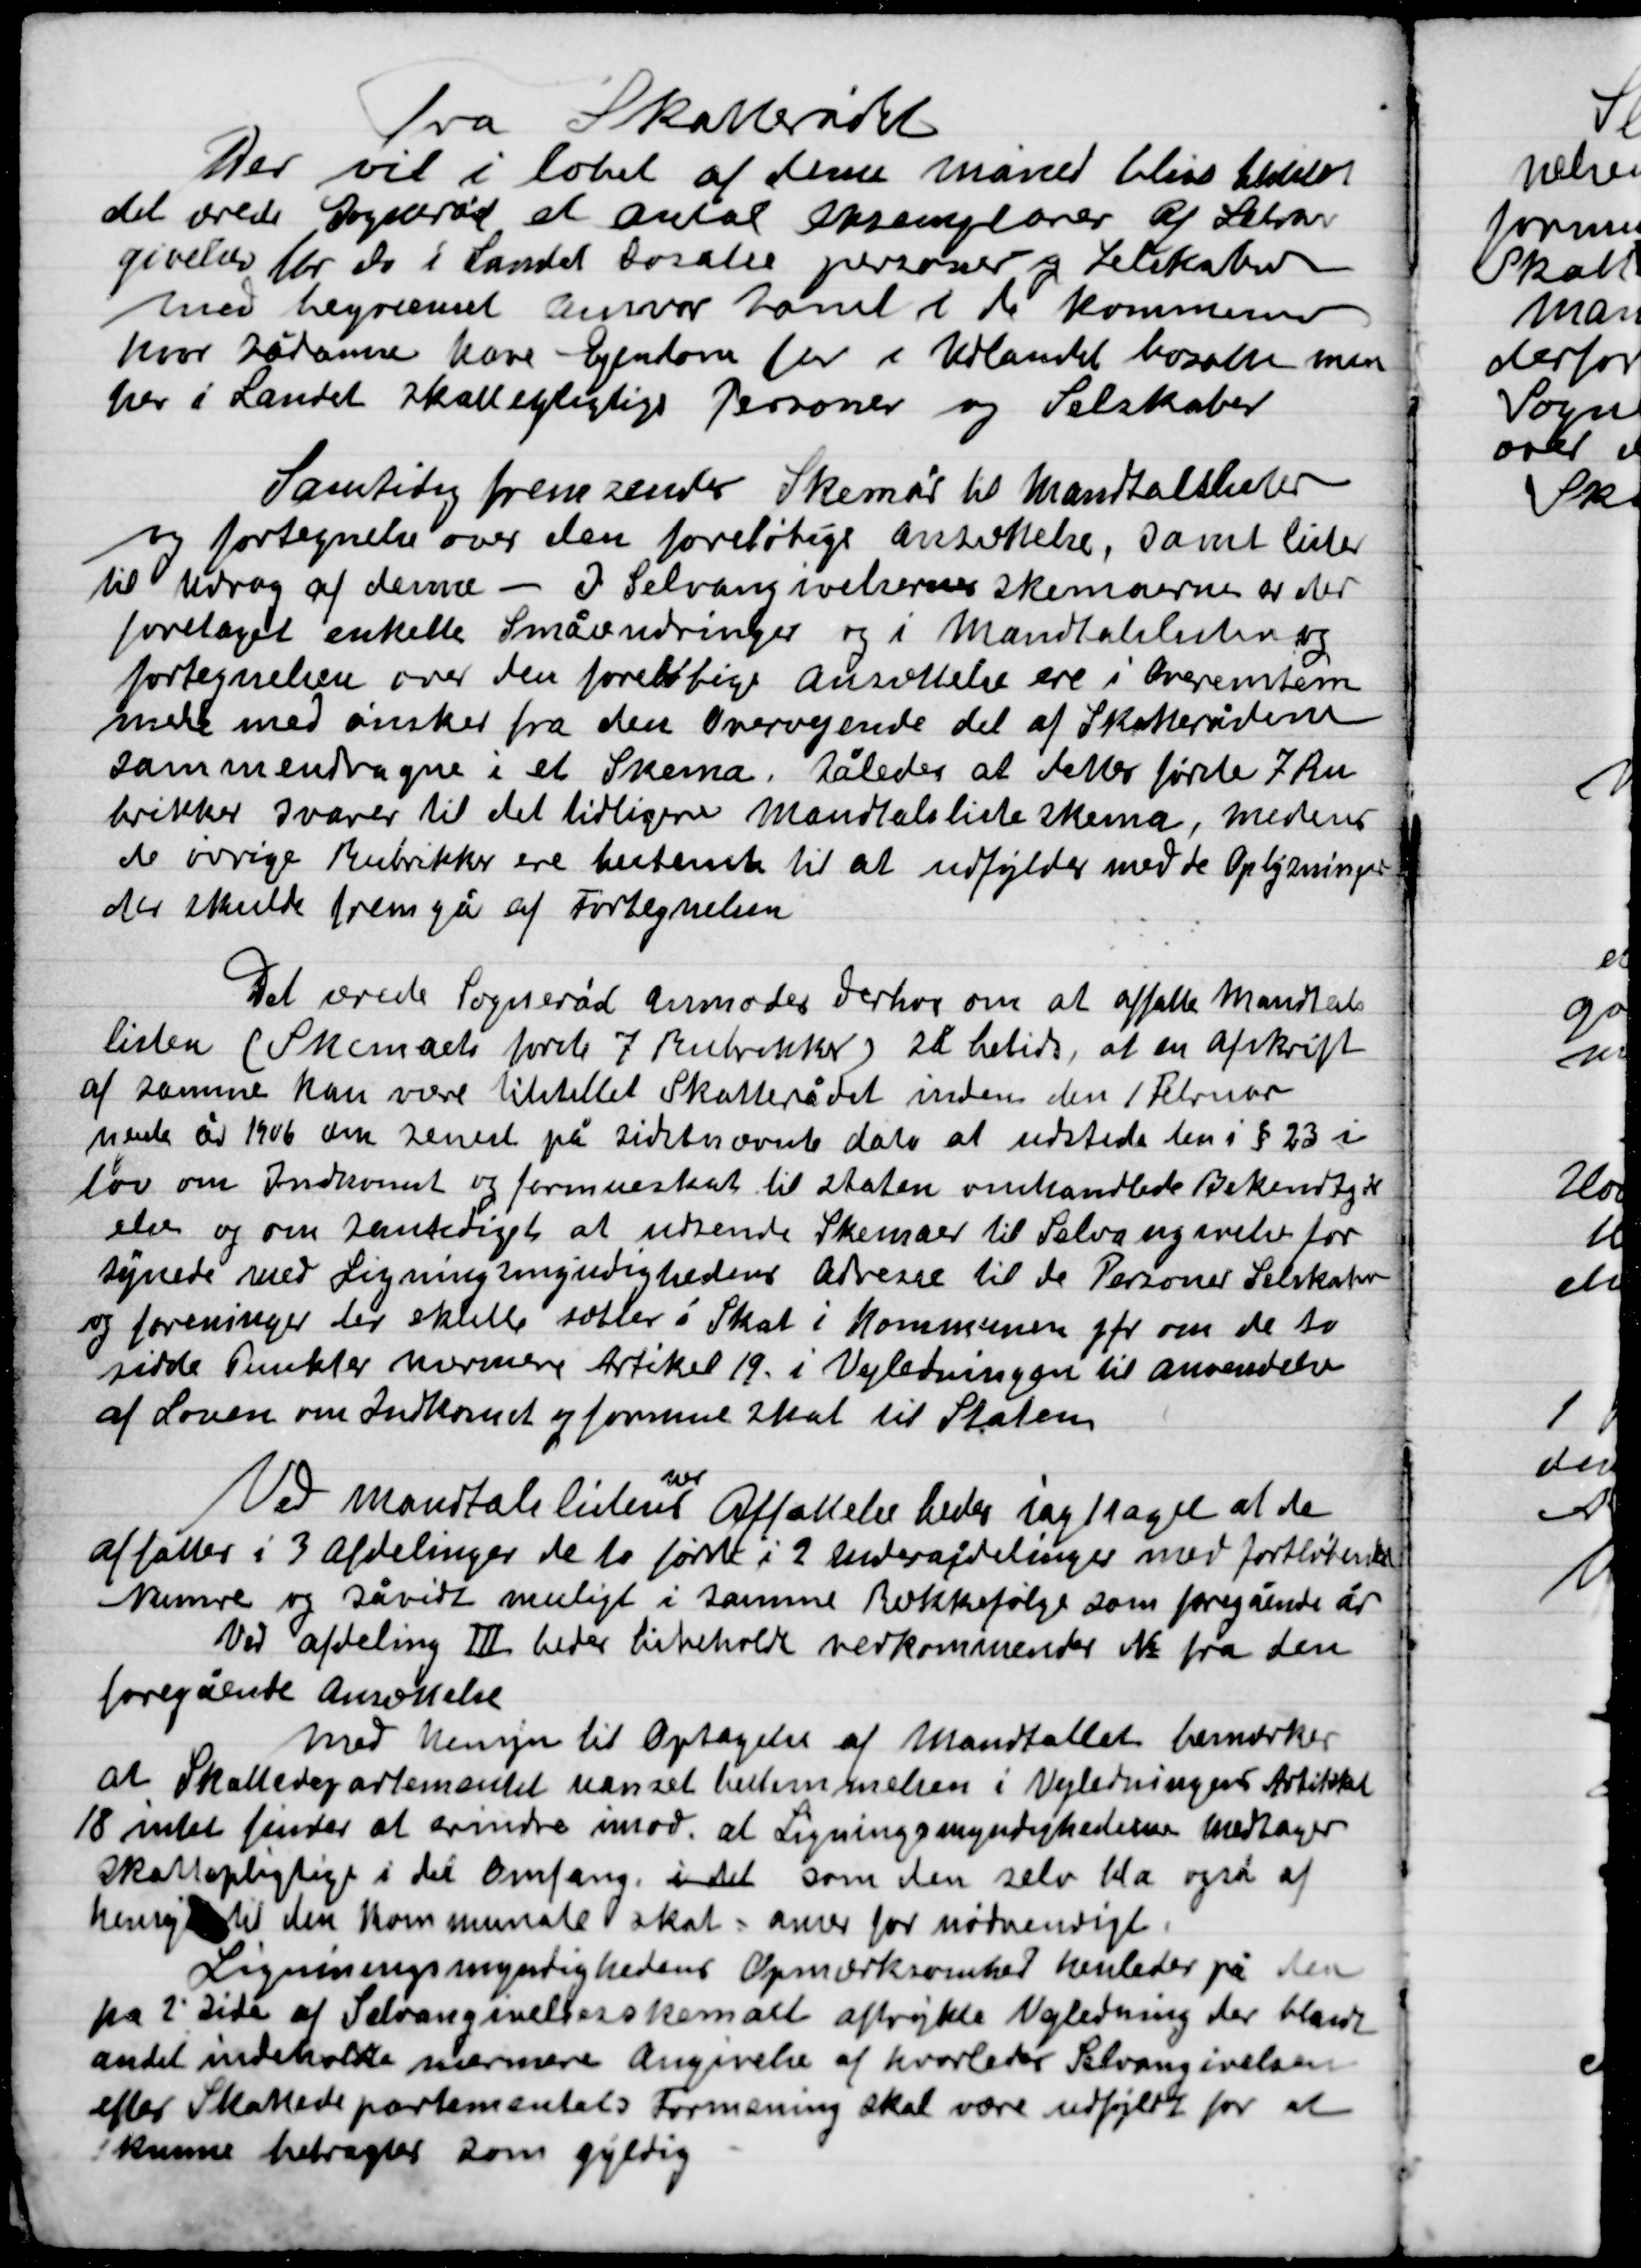
Transskription:
Fra Skatterådet
Der vil i løbet af denne måned blive
det ærede Sogneråd et antal eksemplarer af Selvan-
givelser for de i Landet bosatte personer og Selskaber
med begæret ansvar samt i de Kommuner
hvor Rådene have Ejendom for i Udlandet bosatte men
her i Landet skattetjenstlige Personer og Selskaber

Samtidig fremsender Skemaer til Mandtalslister
og fortegnelse over den foreløbige  ansættelse, samt lister
til Udrag af denne – I Selvangivelsernes skemaerne er der
foretaget enkelte småændringer og i Mandtalslisten og
fortegnelsen over den foreløbige ansættelse ere i overensstem-
melse med ønsker fra den Overvejende del af Skatterådene
sammendragne i et Skema. Således at dette første 7 Ru-
brikker svarer til det tidligere mantalsliste skema, medens
de øvrige Rubrikker ere bestemt til at udfylde med de oplysninger
der skulle fremgå af Fortegnelsen.

Det ærede Sogneråd Anmoder Derhos om at affatte mantals-
listen (Skemaets første 7 Rubrikker) et hertil at en afskrift
af samme kan være tilstillet Skatterådet inden den 1 Februar
næste år 1906 den senest på sidstnævnte dato at udstede den i § 23 i
lov om Indkomst og formueskat til staten omhandlende Bekendtgør-
else og om samtidig at udsende Skemaer til Selvangivelsen for
således med Ligningsangivelse adresse til de Personer Selskaber
og foreninger der skulle sættes i Skat i Kommunen før over de to
sidste Punkter nærmere Artikel 19 i Vejledningen til anvendelse
af Loven om Indkomst og formue skat til Staten.

Ved mandtalslisten
ere
Affattelse bedes iagttage at de
affattes i 3 Afdelinger de to første i 2 underafdelinger med fortløbende
Numre og så vidt muligt i samme Rækkefølge som foregående år
Ved afdeling III bedes bibeholdt vedkommer Nr. fra den
foregående anvendelse.
Med hensyn til Optagelse af mandtallet bemærker
at Skattedepartementet uanset bestemmelsen i Vejledninger Artikel
18 intet finder at ærindre imod at Ligningsmyndighederne modtager
Skattepligtige i det Omfang i det som den selv bla. også af
hensyn til den Kommunale skat – anser for nødvendigt
Ligningsmyndighedernes Opmærksomhed  henleder på den
på 2´ side af Selvangivelsesskemaet afvikler Vejledning der blandt
andet indeholder nærmere Angivelse af hvorledes Selvangivelsen
efter Skattedepartementets formening skal være udgjort for at
kunne betragtes som gyldig.